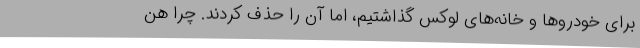
برای خودروها و خانه‌های لوکس گذاشتیم، اما آن را حذف کردند. چرا هن